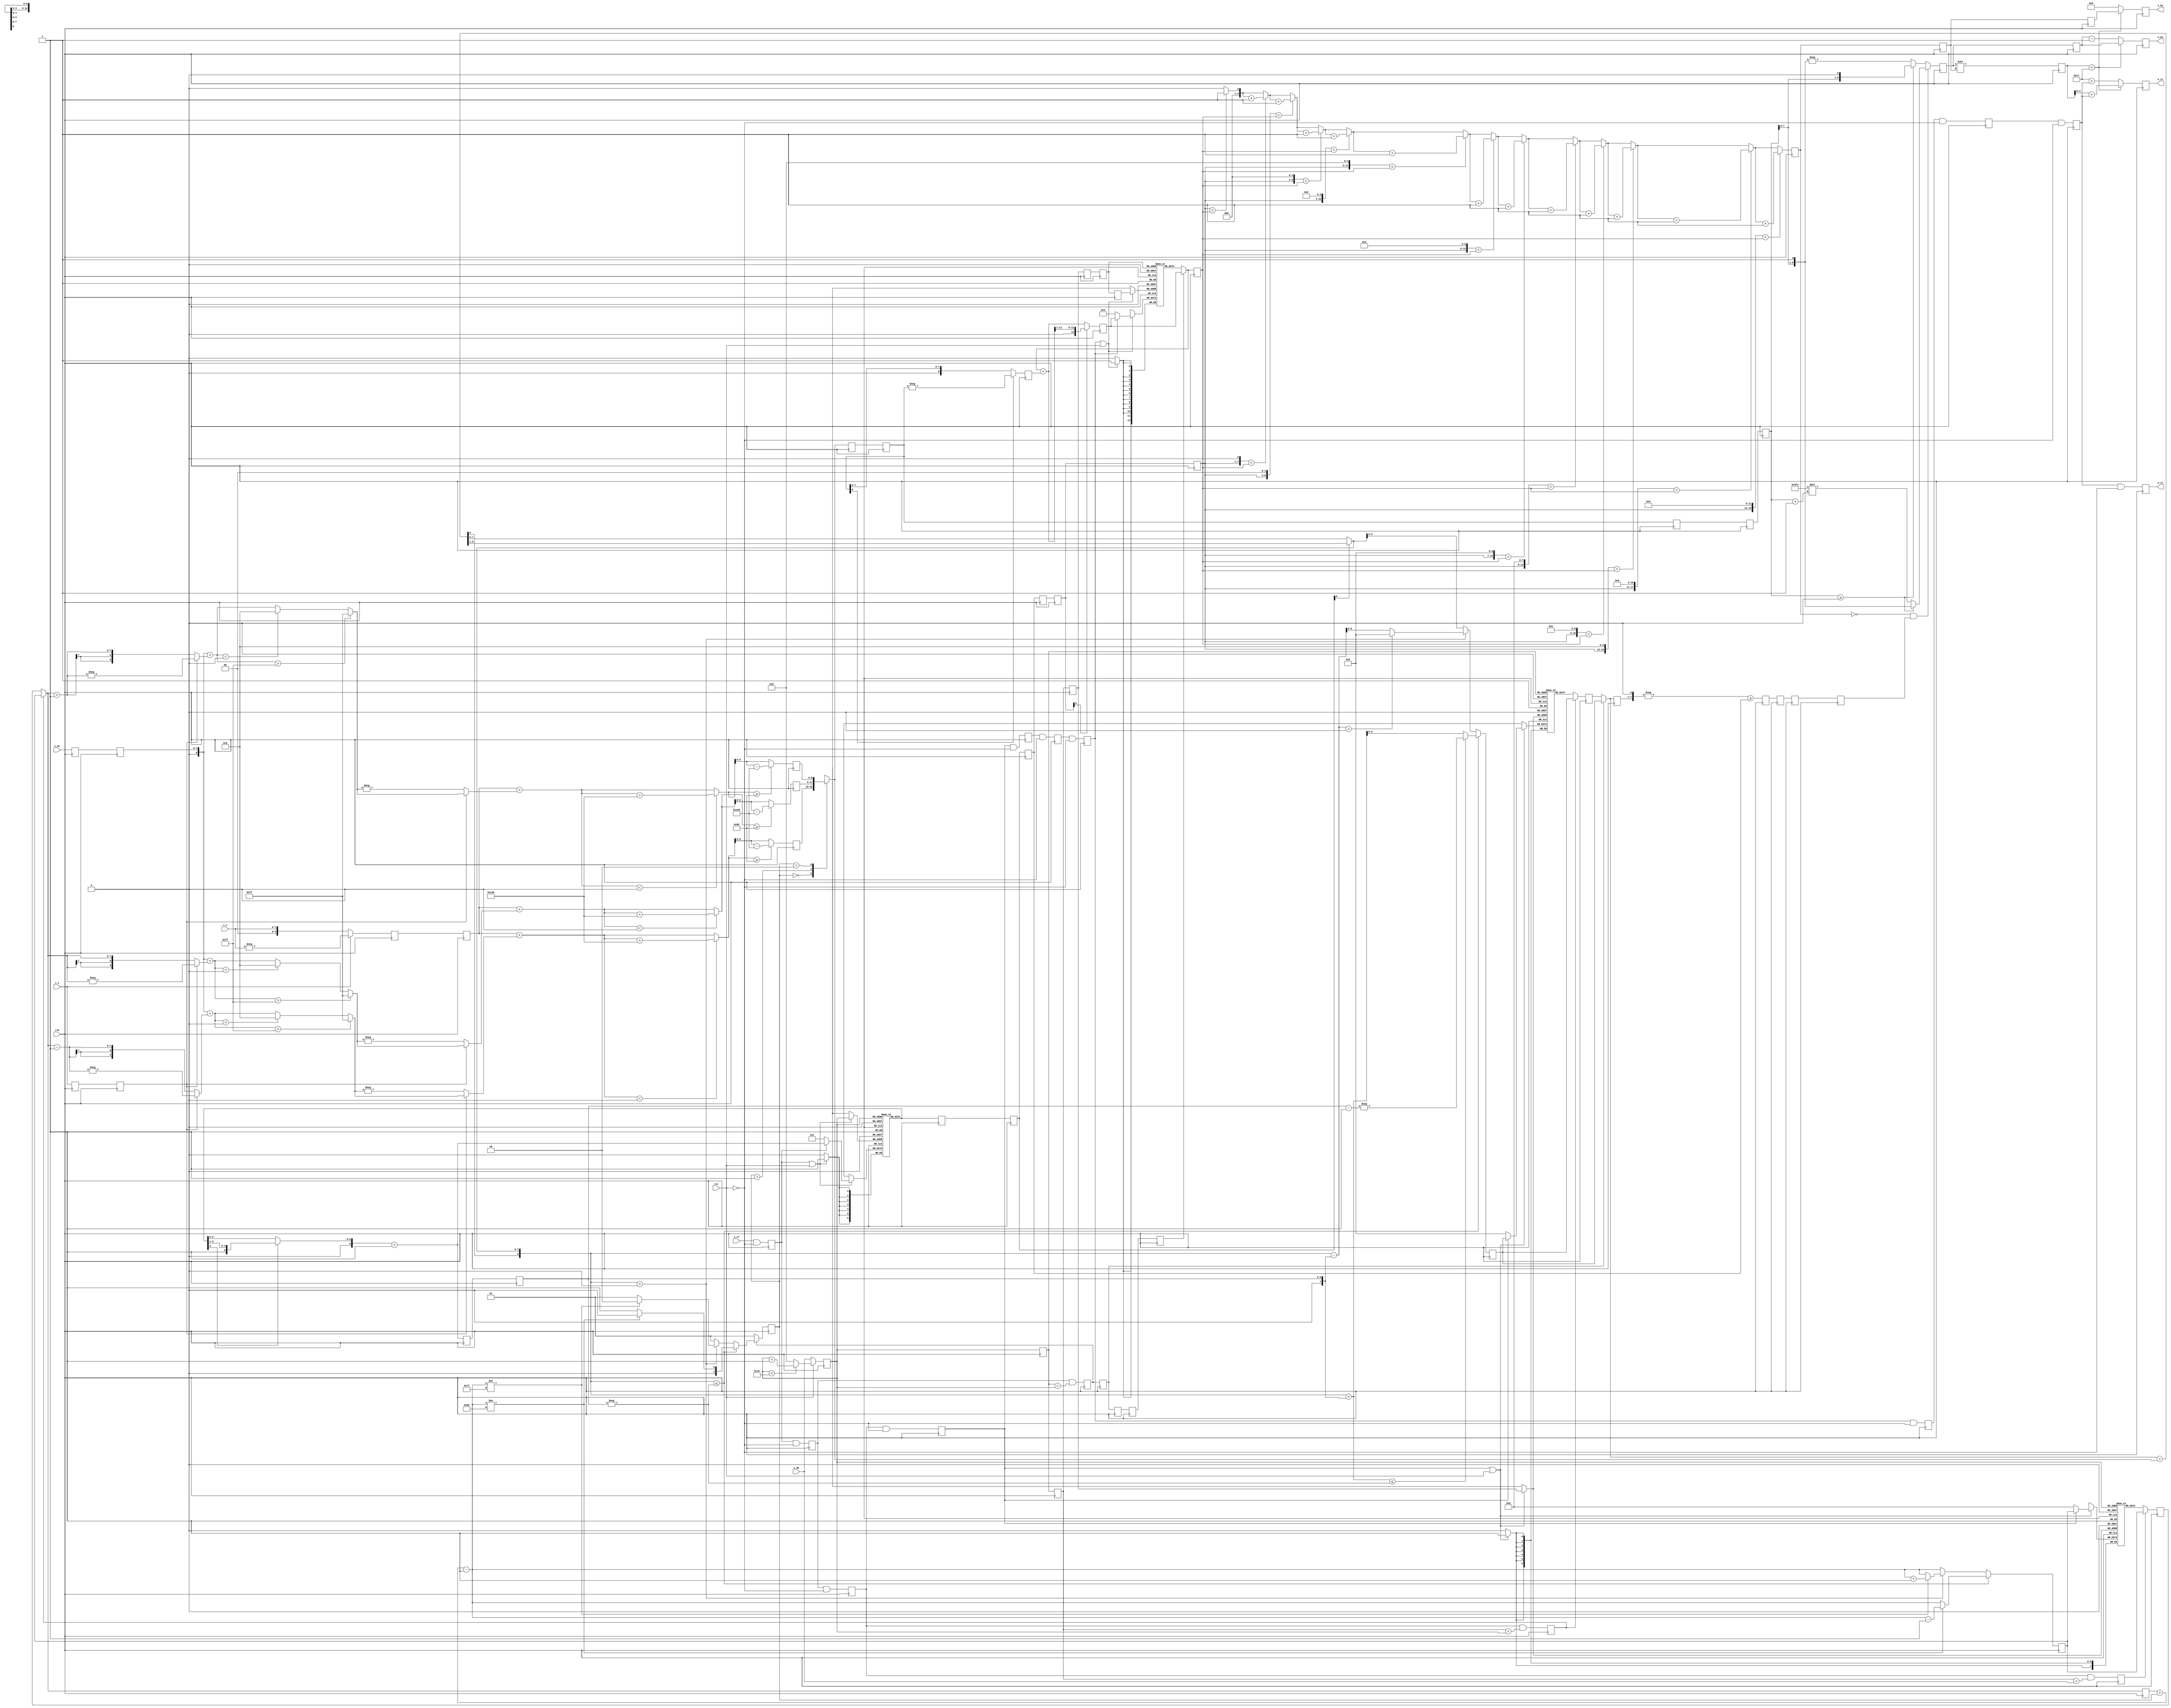

//--------------------------------------------------------------------------------------------------------
// Module  : regular
// Type    : synthesizable, IP's submodule
// Standard: Verilog 2001 (IEEE1364-2001)
// Function: JPEG-LS's regular-mode pixel encoding pipeline 
//           11 stage pipeline
//--------------------------------------------------------------------------------------------------------

module regular (
    input  wire        rst,
    input  wire        clk,
    input  wire        i_vl,
    input  wire [ 7:0] i_x,
    input  wire [ 7:0] i_px,
    input  wire        i_s,
    input  wire [ 4:0] i_qh,
    output reg         o_vl,
    output reg  [ 4:0] o_zc,
    output reg  [ 8:0] o_bv,
    output reg  [ 3:0] o_bc
);


localparam [4:0] LIMIT = 5'd23;


function signed [9:0] clip;
    input       [7:0] px, c;
    input       [0:0] s;
begin
    clip = $signed({c[7],c[7],c});
    clip = $signed({2'h0, px}) + ( s ? -clip : clip );
    if ( clip > 10'sd255 )
        clip = 10'sd255;
    else if ( clip < 10'sd0 )
        clip = 10'sd0;
    clip = s ? clip : -clip;
end
endfunction


function  signed [8:0] modrange;
    input signed [9:0] val;
    reg   signed [9:0] new_val;
begin
    new_val = val;
    if ( new_val < 10'sd0 )
        new_val = new_val + 10'sd256;
    if ( new_val >= 10'sd128 )
        new_val = new_val - 10'sd256;
    modrange = new_val[8:0];
end
endfunction


function  [ 3:0] get_k;
    input [ 6:0] N;
    input [12:0] A;
    reg   [18:0] Nt;
    reg   [18:0] At;
    integer i;
begin
    Nt = {12'h0, N};
    At = { 6'h0, A};
    get_k = 4'd0;
    for (i=0; i<13; i=i+1)
        if ((Nt<<i) < At)
            get_k = get_k + 4'd1;
end
endfunction


function  [6:0] N_update;
    input [6:0] N;
begin
    N_update = N;
    if (N[6])
        N_update = (N_update >>> 1);
    N_update = N_update + 7'd1;
end
endfunction


function        [16:0] C_B_update;
    input        [0:0] reset;
    input        [6:0] N;
    input        [7:0] C;
    input signed [6:0] B;
    input signed [8:0] err;
    reg          [1:0] csel;
    reg   signed [8:0] Bt;
    reg          [7:0] Ct;
begin
    csel = 2'd1;
    Ct = C;
    Bt = $signed({B[6], B[6], B}) + err;
    if (reset)
        Bt = (Bt >>> 1);
    if ( Bt <= -$signed({2'd0,N}) ) begin
        Bt = Bt + $signed({2'd0,N});
        if ( Bt <= -$signed({2'd0,N}) )
            Bt = -$signed({2'd0,N}-9'd1);
        if ( Ct != 8'd128 ) begin
            Ct = Ct - 8'd1;
            csel = 2'd0;
        end
    end else if ( Bt > 9'sd0 ) begin
        Bt = Bt - $signed({2'd0,N});
        if ( Bt > 9'sd0 )
            Bt = 9'sd0;
        if ( Ct != 8'd127 ) begin
            Ct = Ct + 8'd1;
            csel = 2'd2;
        end
    end
    C_B_update = {csel, Ct, Bt[6:0]};
end
endfunction


function  [12:0] A_update;
    input [ 0:0] reset;
    input [12:0] A;
    input [ 8:0] abs_err;
begin
    A_update = A + {4'd0, abs_err};
    if (reset)
        A_update = (A_update >>> 1);
end
endfunction



reg        [ 6:0] Nram [0:27];
reg        [12:0] Aram [0:27];
reg signed [ 6:0] Bram [0:27];
reg        [ 7:0] Cram [0:27];

reg               a_vl;
reg signed [ 9:0] a_sx;
reg        [ 7:0] a_px;
reg               a_s;
reg        [ 4:0] a_qh = 5'd0;

reg               b_vl;
reg signed [ 9:0] b_sx;
reg        [ 7:0] b_px;
reg               b_s;
reg        [ 4:0] b_qh;
reg        [ 6:0] b_N;
reg        [ 6:0] b_Nn;
reg        [ 7:0] b_C;

reg               c_vl;
reg               c_col_a;
reg        [ 4:0] c_qh;
reg        [ 6:0] c_N;
reg        [ 6:0] c_Nn;
reg signed [ 6:0] c_B;
reg        [ 7:0] c_C;
reg signed [ 8:0] c_err_cand [0:2];

reg               d_vl;
reg               d_col_a, d_col_b, d_col_c;
reg        [ 4:0] d_qh;
reg        [ 6:0] d_N;
reg signed [ 6:0] d_B;
reg        [ 7:0] d_Cn;
reg signed [ 6:0] d_Bn;
reg        [ 1:0] d_sel;
reg signed [ 8:0] d_err;

reg               e_vl;
reg               e_col_a;
reg        [ 4:0] e_qh;
reg        [ 6:0] e_N;
reg signed [ 8:0] e_err;
reg               e_2BgeN;

reg               f_vl;
reg               f_col_a;
reg        [ 4:0] f_qh;
reg        [ 6:0] f_N;
reg signed [ 8:0] f_err;
reg        [ 8:0] f_abs_err;
reg               f_2BgeN;

reg               g_vl;
reg               g_col_a;
reg        [ 4:0] g_qh;
reg        [ 6:0] g_N;
reg        [12:0] g_A;
reg        [12:0] g_An;
reg signed [ 8:0] g_err;
reg               g_2BgeN;

reg               h_vl;
reg        [ 3:0] h_k;
reg signed [ 8:0] h_err;
reg               h_2BgeN;

reg               j_vl;
reg        [ 3:0] j_k;
reg        [ 8:0] j_merr;

reg               k_vl;
reg        [ 3:0] k_k;
reg        [ 8:0] k_merr;
reg        [ 8:0] k_merr_sk;


always @ (posedge clk) begin
    a_vl <= i_vl & (~rst);
    a_sx <= i_s ? -$signed({2'h0,i_x}) : $signed({2'h0,i_x});
    a_px <= i_px;
    a_s  <= i_s;
    if (rst)
        a_qh <= (a_qh < 5'd27) ? (a_qh + 5'd1) : 5'd0;
    else
        a_qh <= i_qh;
end


wire [6:0] a_N  = Nram[a_qh];
wire [6:0] a_Nn = N_update(a_N);

always @ (posedge clk) begin
    b_vl <= a_vl & (~rst);
    b_sx <= a_sx;
    b_px <= a_px;
    b_s <= a_s;
    b_qh <= a_qh;
    if (a_vl | rst)
        Nram[a_qh] <= a_vl ? a_Nn : 7'd1;
    b_N <= a_N;
    b_Nn <= a_Nn;
    b_C <= d_col_c ? d_Cn : Cram[a_qh];   // forward selection
end


wire [7:0] b_Ct = d_col_b ? d_Cn : b_C;   // forward selection

always @ (posedge clk) begin
    c_B <= d_col_b ? d_Bn : Bram[b_qh];   // forward selection
    c_vl <= b_vl & (~rst);
    c_col_a <= b_vl && b_qh==a_qh;
    c_qh <= b_qh;
    c_N <= b_N;
    c_Nn <= b_Nn;
    c_C <= b_Ct;
    c_err_cand[0] <= modrange( b_sx + clip(b_px, b_Ct-8'd1, b_s) );
    c_err_cand[1] <= modrange( b_sx + clip(b_px, b_Ct     , b_s) );
    c_err_cand[2] <= modrange( b_sx + clip(b_px, b_Ct+8'd1, b_s) );
end


wire        [1:0] c_sel;
wire signed [8:0] c_err = c_err_cand[d_sel];               // look-ahead selection
wire        [7:0] c_Ct  = c_C + {6'd0, d_sel} - 8'd1;      // look-ahead selection
wire        [7:0] c_Cn;
wire signed [6:0] c_Bt  = d_col_a ? d_Bn : c_B;            // forward selection
wire signed [6:0] c_Bn;

assign {c_sel, c_Cn, c_Bn} = C_B_update(c_N[6], c_Nn, c_Ct, c_Bt, c_err);

always @ (posedge clk) begin
    d_vl <= c_vl & (~rst);
    d_col_a <= c_col_a;
    d_col_b <= c_vl && c_qh==a_qh;
    d_col_c <= c_vl && c_qh==i_qh;
    d_sel <= c_col_a ? c_sel : 2'd1;
    d_N <= c_N;
    d_B <= c_Bt;
    d_Cn <= c_Cn;
    d_Bn <= c_Bn;
    d_err <= c_err;
    d_qh <= c_qh;
end


always @ (posedge clk) begin
    e_vl <= d_vl & (~rst);
    e_col_a <= d_col_a;
    e_qh <= d_qh;
    e_err <= d_err;
    e_N <= d_N;
    e_2BgeN <= ( $unsigned(-$signed({d_B,1'b0})) >= {1'b0,d_N} );
    if (d_vl | rst) begin
        Cram[d_qh] <= d_vl ? d_Cn : 8'd0;
        Bram[d_qh] <= d_vl ? d_Bn : 7'd0;
    end
end


always @ (posedge clk) begin
    f_vl <= e_vl & (~rst);
    f_col_a <= e_col_a;
    f_qh <= e_qh;
    f_err <= e_err;
    f_abs_err <= e_err[8] ? $unsigned(-e_err) : $unsigned(e_err);
    f_N <= e_N;
    f_2BgeN <= e_2BgeN;
end


wire [12:0] f_At = g_col_a ? g_An : Aram[f_qh];

always @ (posedge clk) begin
    g_vl <= f_vl & (~rst);
    g_col_a <= f_col_a;
    g_qh <= f_qh;
    g_N <= f_N;
    g_A <= f_At;
    g_An <= A_update(f_N[6], f_At, f_abs_err);
    g_err <= f_err;
    g_2BgeN <= f_2BgeN;
end


always @ (posedge clk) begin
    h_vl <= g_vl & (~rst);
    h_k <= get_k(g_N, g_A);
    h_err <= g_err;
    h_2BgeN <= g_2BgeN;
    if (g_vl | rst)
        Aram[g_qh] <= g_vl ? g_An : 12'd4;
end


wire signed [9:0] h_merr = ( h_k==4'd0 && h_2BgeN ) ?
                             ( (h_err >= 9'sd0) ? {h_err,1'b1} : (-10'sd2*(h_err+10'sd1)) ) :
                             ( (h_err >= 9'sd0) ? {h_err,1'b0} : (-$signed({h_err,1'b1})) ) ;

always @ (posedge clk) begin
    j_vl <= h_vl & (~rst);
    j_k <= h_k;
    j_merr <= h_merr[8:0];
end


always @ (posedge clk) begin
    k_vl <= j_vl & (~rst);
    k_k <= j_k;
    k_merr <= j_merr;
    k_merr_sk <= (j_merr>>j_k);
end


always @ (posedge clk) begin
    o_vl <= k_vl & (~rst);
    if (k_merr_sk < {4'd0,LIMIT}) begin
        o_zc <= k_merr_sk[4:0] + {4'h0, k_vl};
        o_bv <= k_merr;
        o_bc <= k_k;
    end else begin
        o_zc <= LIMIT + {4'h0, k_vl};
        o_bv <= k_merr - 9'd1;
        o_bc <= 4'd8;
    end
end

endmodule